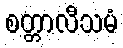
စတ္တာလီသမံ